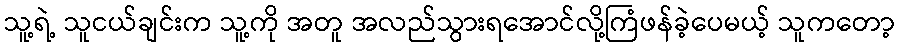
သူ့ရဲ့ သူငယ်ချင်းက သူ့ကို အတူ အလည်သွားရအောင်လို့ကြံဖန်ခဲ့ပေမယ့် သူကတော့